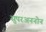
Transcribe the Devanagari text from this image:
सुपरअननोन